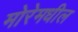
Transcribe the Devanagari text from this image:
मोरेमधील